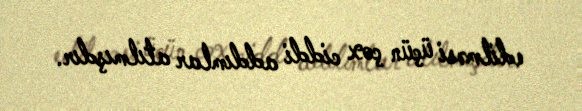
edilməsi üçün çox ciddi addımlar atılmışdır.